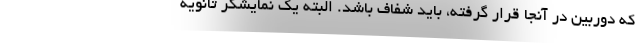
که دوربین در آنجا قرار گرفته، باید شفاف باشد. البته یک نمایشگر ثانویه